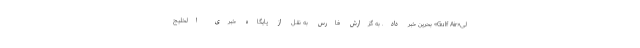
لی«Gulf Air» بحرین خبر داد. به گزارش فارس به نقل از پایگاه خبری الخلیج